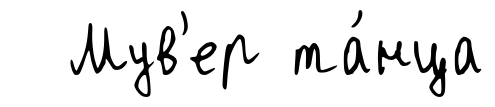
Мув'ер та́нца